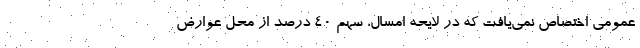
عمومی اختصاص نمی‌یافت که در لایحه امسال، سهم ۴۰ درصد از محل عوارض